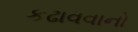
કઢાવવાનો